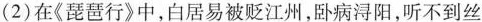
(2)在《琵琶行》中，白居易被贬江州，卧病浔阳，听不到丝